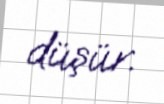
düşür.